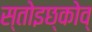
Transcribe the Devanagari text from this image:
स्तोइछ्कोव्